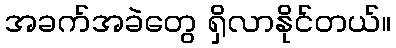
အခက်အခဲတွေ ရှိလာနိုင်တယ်။